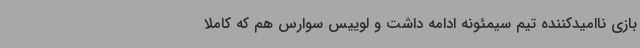
بازی ناامیدکننده تیم سیمئونه ادامه داشت و لوییس سوارس هم که کاملا